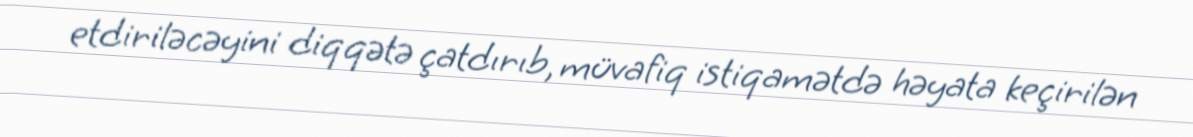
etdiriləcəyini diqqətə çatdırıb, müvafiq istiqamətdə həyata keçirilən